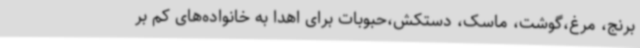
برنج، مرغ،گوشت، ماسک، دستکش،حبوبات برای اهدا به خانواده‌های کم بر